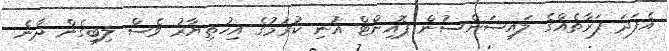
އެފަދަ ފަރާތެއްގެ ލައިސަންސުން ޕޮއިންޓް އުނި ކުރުމުގެ އިހުތިޔާރު ވެސް ލިބިގެން ދާނެ